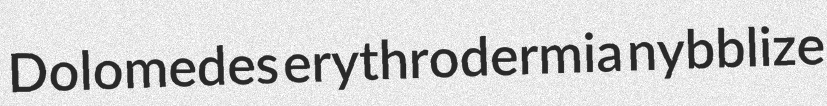
Dolomedes erythrodermia nybblize